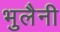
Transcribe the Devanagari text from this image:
भुलैनी